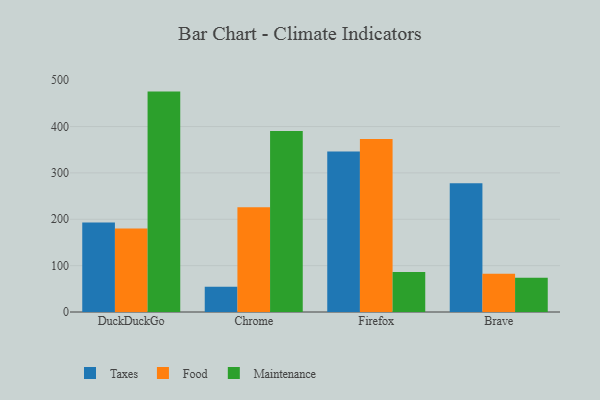
{"axis": {"x": "Browser", "y": "Churn Rate (%)"}, "legend": ["Food", "Maintenance", "Taxes"], "data": [{"x": "DuckDuckGo", "y": 192.8, "type": "Taxes"}, {"x": "DuckDuckGo", "y": 179.9, "type": "Food"}, {"x": "DuckDuckGo", "y": 475.3, "type": "Maintenance"}, {"x": "Chrome", "y": 54.5, "type": "Taxes"}, {"x": "Chrome", "y": 226.1, "type": "Food"}, {"x": "Chrome", "y": 390.5, "type": "Maintenance"}, {"x": "Firefox", "y": 346.3, "type": "Taxes"}, {"x": "Firefox", "y": 373.0, "type": "Food"}, {"x": "Firefox", "y": 86.4, "type": "Maintenance"}, {"x": "Brave", "y": 277.9, "type": "Taxes"}, {"x": "Brave", "y": 82.7, "type": "Food"}, {"x": "Brave", "y": 73.6, "type": "Maintenance"}]}